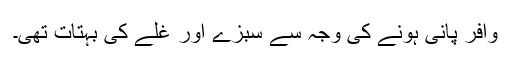
وافر پانی ہونے کی وجہ سے سبزے اور غلے کی بہتات تھی۔